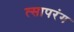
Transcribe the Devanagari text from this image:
त्सापरंग